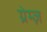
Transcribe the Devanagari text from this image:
ग्रेम्ज़